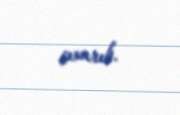
çıxarıb.